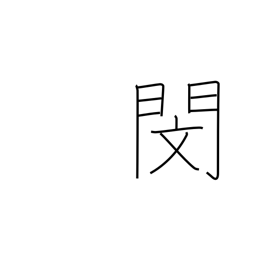
Meaning: pity